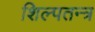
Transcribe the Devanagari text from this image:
शिल्पतन्त्र